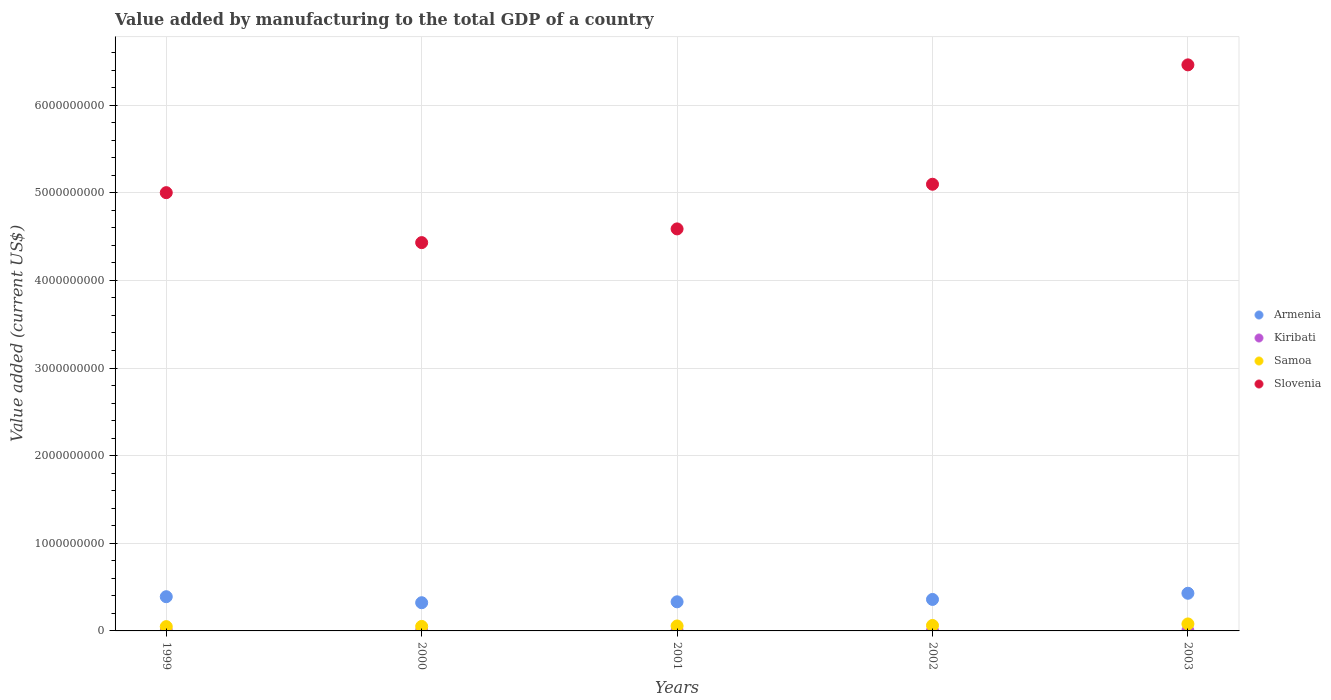
| Years | Armenia | Kiribati | Samoa | Slovenia |
 | --- | --- | --- | --- | --- |
 | 1999 | 3.9e+08 | 3.52e+06 | 4.91e+07 | 5e+09 |
 | 2000 | 3.22e+08 | 2.98e+06 | 5.13e+07 | 4.43e+09 |
 | 2001 | 3.32e+08 | 2.78e+06 | 5.65e+07 | 4.59e+09 |
 | 2002 | 3.59e+08 | 2.85e+06 | 6.21e+07 | 5.1e+09 |
 | 2003 | 4.3e+08 | 3.66e+06 | 7.98e+07 | 6.46e+09 |